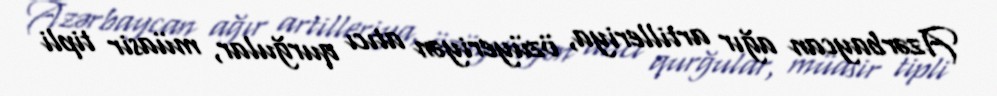
Azərbaycan ağır artilleriya, özüyeriyən atıcı qurğular, müasir tipli